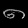
Digit: ၈